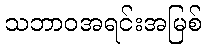
သဘာဝအရင်းအမြစ်